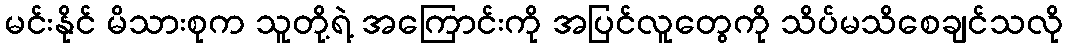
မင်းနိုင် မိသားစုက သူတို့ရဲ့ အကြောင်းကို အပြင်လူတွေကို သိပ်မသိစေချင်သလို